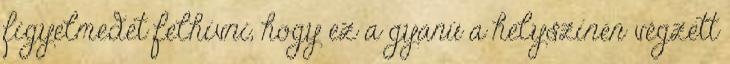
figyelmedet felhívni, hogy ez a gyanú a helyszínen végzett